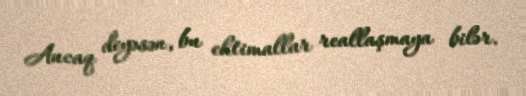
Ancaq deyəsən, bu ehtimallar reallaşmaya bilər.